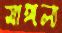
মাঙ্গল্য